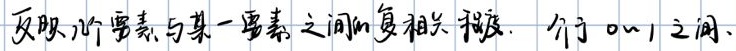
反映两个要素与某一要素之间的复相关程度，介于 0 - 1 之间。